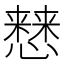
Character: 𢣡